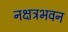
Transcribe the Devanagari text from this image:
नक्षत्रभवन